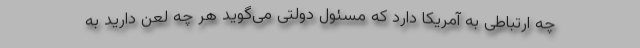
چه ارتباطی به آمریکا دارد که مسئول دولتی می‌گوید هر چه لعن دارید به